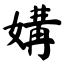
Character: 媾